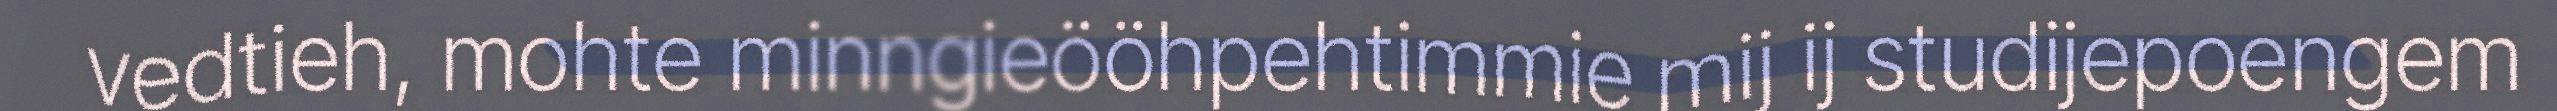
vedtieh, mohte minngieööhpehtimmie mij ij studijepoengem